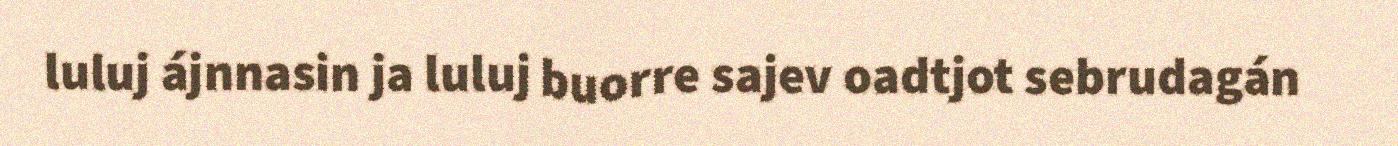
luluj ájnnasin ja luluj buorre sajev oadtjot sebrudagán